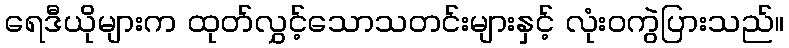
ရေဒီယိုများက ထုတ်လွှင့်သောသတင်းများနှင့် လုံးဝကွဲပြားသည်။